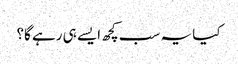
کیا یہ سب کچھ ایسے ہی رہے گا؟